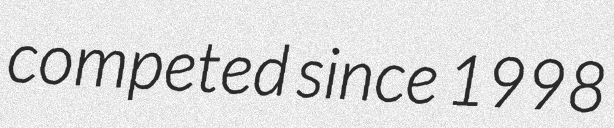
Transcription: competed since 1998